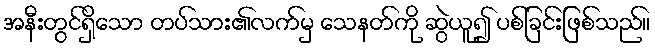
အနီးတွင်ရှိသော တပ်သား၏လက်မှ သေနတ်ကို ဆွဲယူ၍ ပစ်ခြင်းဖြစ်သည်။